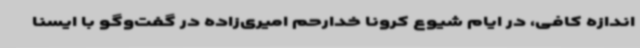
اندازه کافی، در ایام شیوع کرونا خدارحم امیری‌زاده در گفت‌وگو با ایسنا